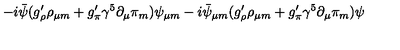
- i \bar { \psi } ( g _ { \rho } ^ { \prime } \rho _ { \mu m } + g _ { \pi } ^ { \prime } { \gamma ^ { 5 } } \partial _ { \mu } \pi _ { m } ) \psi _ { \mu m } - i \bar { \psi } _ { \mu m } ( g _ { \rho } ^ { \prime } \rho _ { \mu m } + g _ { \pi } ^ { \prime } { \gamma ^ { 5 } } \partial _ { \mu } \pi _ { m } ) \psi